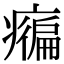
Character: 𤺇